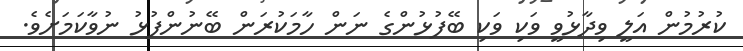
ކުރުމުން އަލީ ވިދާޅުވީ ވަކި ވަކި ބޭފުޅުންގެ ނަން ހާމަކުރަން ބޭނުންފުޅު ނުވާކަމަށެވެ.